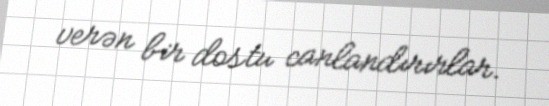
verən bir dostu canlandırırlar.